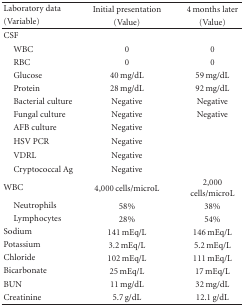
<table><thead><tr><td><b>Laboratory data</b></td><td><b>Initial presentation</b></td><td><b>4 months later</b></td></tr><tr><td><b>(Variable)</b></td><td><b>(Value)</b></td><td><b>(Value)</b></td></tr></thead><tbody><tr><td>CSF</td><td>[EMPTY_CELL]</td><td>[EMPTY_CELL]</td></tr><tr><td> WBC</td><td>0</td><td>0</td></tr><tr><td> RBC</td><td>0</td><td>0</td></tr><tr><td> Glucose</td><td>40 mg/dL</td><td>59 mg/dL</td></tr><tr><td> Protein</td><td>28 mg/dL</td><td>92 mg/dL</td></tr><tr><td> Bacterial culture</td><td>Negative</td><td>Negative</td></tr><tr><td> Fungal culture</td><td>Negative</td><td>Negative</td></tr><tr><td> AFB culture</td><td>Negative</td><td>[EMPTY_CELL]</td></tr><tr><td> HSV PCR</td><td>Negative</td><td>[EMPTY_CELL]</td></tr><tr><td> VDRL</td><td>Negative</td><td>[EMPTY_CELL]</td></tr><tr><td> Cryptococcal Ag</td><td>Negative</td><td>[EMPTY_CELL]</td></tr><tr><td>WBC</td><td>4,000 cells/microL</td><td>2,000 cells/microL</td></tr><tr><td> Neutrophils</td><td>58%</td><td>38%</td></tr><tr><td> Lymphocytes</td><td>28%</td><td>54%</td></tr><tr><td>Sodium</td><td>141 mEq/L</td><td>146 mEq/L</td></tr><tr><td>Potassium</td><td>3.2 mEq/L</td><td>5.2 mEq/L</td></tr><tr><td>Chloride</td><td>102 mEq/L</td><td>111 mEq/L</td></tr><tr><td>Bicarbonate</td><td>25 mEq/L</td><td>17 mEq/L</td></tr><tr><td>BUN</td><td>11 mg/dL</td><td>32 mg/dL</td></tr><tr><td>Creatinine</td><td>5.7 g/dL</td><td>12.1 g/dL</td></tr></tbody></table>